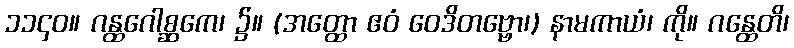
၁၁၄၀။ ဂန္ထဂေါစ္ဆကေ၊ ၌။ (အတ္ထော ဧဝံ ဝေဒိတဗ္ဗော၊) နာမကာယံ၊ ကို။ ဂန္ထေတိ၊